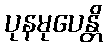
ပုနမုပေန္တိ